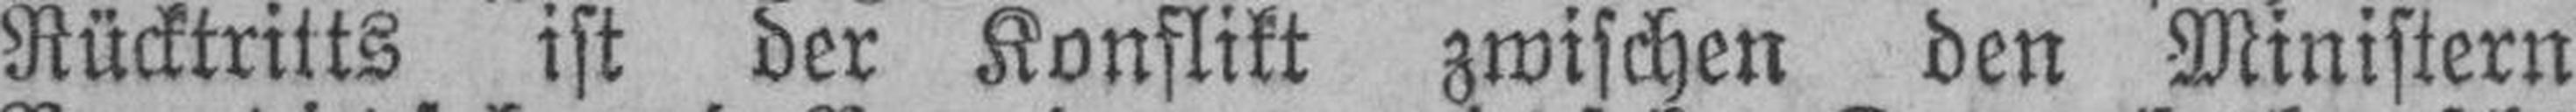
Rücktritts ist der Konflikt zwischen den Ministern